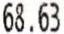
68.63